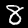
Digit: 8